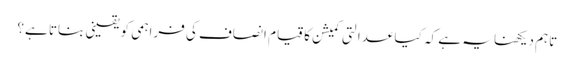
تاہم دیکھنا یہ ہے کہ کیا عدالتی کمیشن کا قیام انصاف کی فراہمی کو یقینی بناتا ہے؟